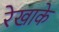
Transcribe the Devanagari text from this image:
रेखाके